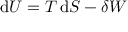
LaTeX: \mathrm { d } U = T \, \mathrm { d } S - \delta W